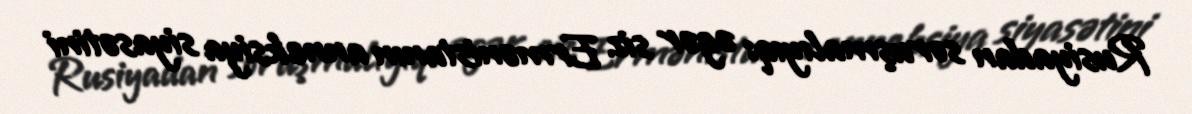
Rusiyadan soruşmalıyıq: əgər siz Ermənistanın anneksiya siyasətini